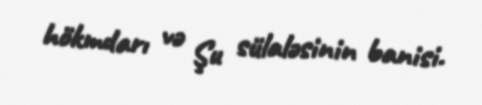
hökmdarı və Şu sülaləsinin banisi.